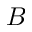
B